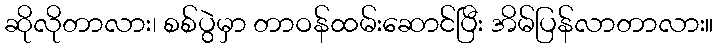
ဆိုလိုတာလား၊ စစ်ပွဲမှာ တာဝန်ထမ်းဆောင်ပြီး အိမ်ပြန်လာတာလား။